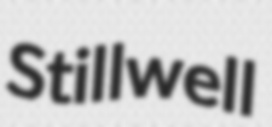
Stillwell